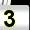
Digit: 3